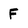
Character: F